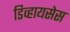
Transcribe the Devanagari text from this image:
डिव्हायसेस